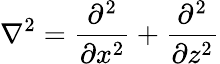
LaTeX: \nabla^{2}=\frac{\partial^{2}}{\partial x^{2}}+\frac{\partial^{2}}{\partial z^{2}}